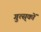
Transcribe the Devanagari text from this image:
गुत्स्‌कों